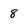
Character: 8